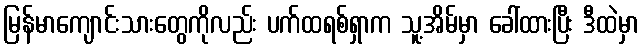
မြန်မာကျောင်းသားတွေကိုလည်း ပက်ထရစ်ရှာက သူ့အိမ်မှာ ခေါ်ထားပြီး ဒီထဲမှာ